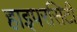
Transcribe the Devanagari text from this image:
हाइपरसिटी